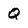
Character: Q